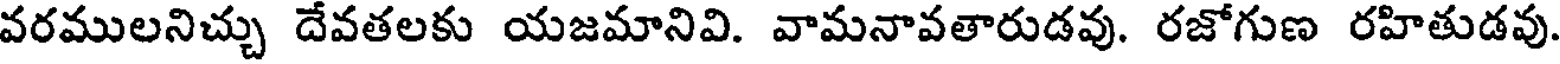
వరములనిచ్చు దేవతలకు యజమానివి. వామనావతారుడవు. రజోగుణ రహితుడవు.